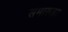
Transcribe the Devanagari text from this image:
समारूढ़ा